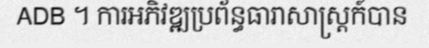
ADB ។ ការអភិវឌ្ឍប្រព័ន្ធធារាសាស្ត្រក៍បាន